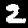
Digit: 2